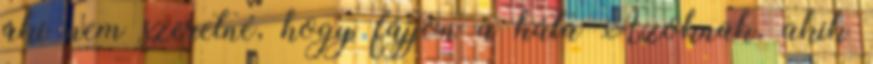
aki nem szeretné, hogy fájjon a háta Azoknak, akik